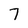
Character: 7